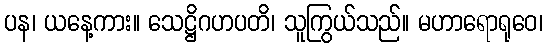
ပန၊ ယနေ့ကား။ သေဋ္ဌိဂဟပတိ၊ သူကြွယ်သည်။ မဟာရောရုဝေ၊